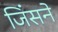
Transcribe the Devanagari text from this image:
जिंसने